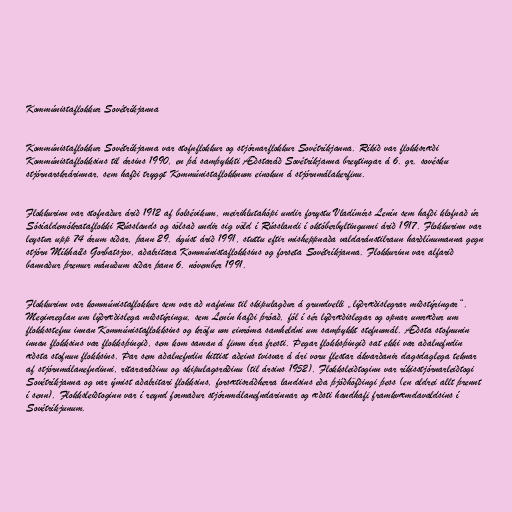
Kommúnistaflokkur Sovétríkjanna

Kommúnistaflokkur Sovétríkjanna var stofnflokkur og stjórnarflokkur Sovétríkjanna. Ríkið var flokksræði
Kommúnistaflokksins til ársins 1990, en þá samþykkti Æðstaráð Sovétríkjanna breytingar á 6. gr. sovésku
stjórnarskrárinnar, sem hafði tryggt Kommúnistaflokknum einokun á stjórnmálakerfinu.

Flokkurinn var stofnaður árið 1912 af bolsévikum, meirihlutahópi undir forystu Vladímírs Lenín sem hafði klofnað úr
Sósíaldemókrataflokki Rússlands og sölsað undir sig völd í Rússlandi í októberbyltingunni árið 1917. Flokkurinn var
leystur upp 74 árum síðar, þann 29. ágúst árið 1991, stuttu eftir misheppnaða valdaránstilraun harðlínumanna gegn
stjórn Míkhaíls Gorbatsjov, aðalritara Kommúnistaflokksins og forseta Sovétríkjanna. Flokkurinn var alfarið
bannaður þremur mánuðum síðar þann 6. nóvember 1991.

Flokkurinn var kommúnistaflokkur sem var að nafninu til skipulagður á grundvelli „lýðræðislegrar miðstýringar“.
Meginreglan um lýðræðislega miðstýringu, sem Lenín hafði þróað, fól í sér lýðræðislegar og opnar umræður um
flokksstefnu innan Kommúnistaflokksins og kröfu um einróma samheldni um samþykkt stefnumál. Æðsta stofnunin
innan flokksins var flokksþingið, sem kom saman á fimm ára fresti. Þegar flokksþingið sat ekki var aðalnefndin
æðsta stofnun flokksins. Þar sem aðalnefndin hittist aðeins tvisvar á ári voru flestar ákvarðanir dagsdaglega teknar
af stjórnmálanefndinni, ritararáðinu og skipulagsráðinu (til ársins 1952). Flokksleiðtoginn var ríkisstjórnarleiðtogi
Sovétríkjanna og var ýmist aðalritari flokksins, forsætisráðherra landsins eða þjóðhöfðingi þess (en aldrei allt þrennt
í senn). Flokksleiðtoginn var í reynd formaður stjórnmálanefndarinnar og æðsti handhafi framkvæmdavaldsins í
Sovétríkjunum.